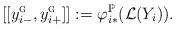
LaTeX: \begin{align*}[[y_{i-}^{\textsc{g}}, y_{i+}^{\textsc{g}}]]:= \varphi_{i*}^{{\mathbb{P}}}(\mathcal{L}(Y_i)).\end{align*}